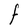
Character: F